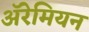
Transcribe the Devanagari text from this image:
अॅरेमियन